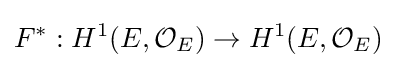
F^{*}:H^{1}(E,{\mathcal {O}}_{E})\to H^{1}(E,{\mathcal {O}}_{E})